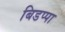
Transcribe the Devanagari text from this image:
बिडप्पा